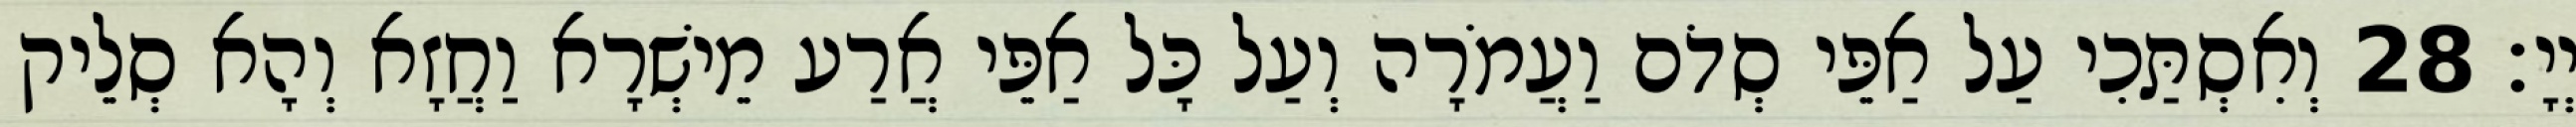
יְיָ׃ 28 וְאִסְתַּכִי עַל אַפֵּי סְדֹם וַעֲמֹרָה וְעַל כָּל אַפֵּי אֲרַע מֵישְׁרָא וַחֲזָא וְהָא סְלֵיק